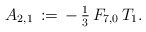
\begin{align*}A_{2,1}\,:=\,-\,\tfrac{1}{3}\,F_{7,0}\,T_1.\end{align*}